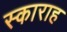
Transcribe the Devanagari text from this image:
स्काराह